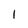
Character: 1